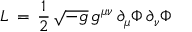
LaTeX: { \cal L } \, = \, { \frac { 1 } { 2 } } \, \sqrt { - g } \, g ^ { \mu \nu } \, \partial _ { \mu } \Phi \, \partial _ { \nu } \Phi